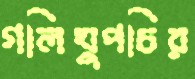
গলিঘুপচির